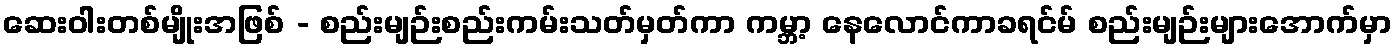
ဆေးဝါးတစ်မျိုးအဖြစ် - စည်းမျဉ်းစည်းကမ်းသတ်မှတ်ကာ ကမ္ဘာ့ နေလောင်ကာခရင်မ် စည်းမျဉ်းများအောက်မှာ